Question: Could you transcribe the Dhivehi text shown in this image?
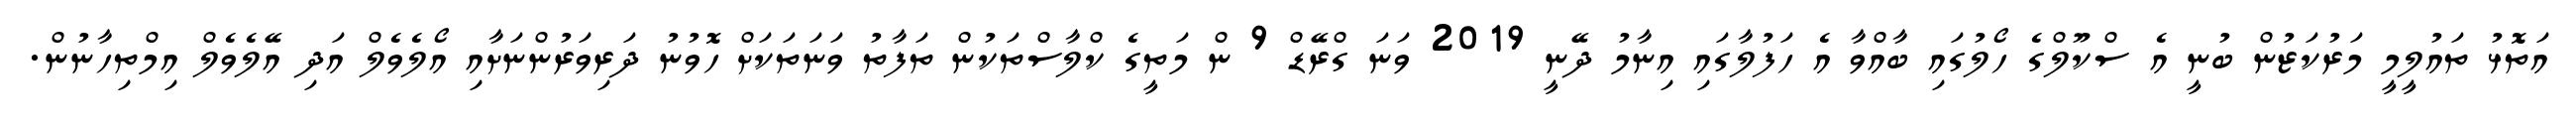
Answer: އަތޮޅު ތައުލީމީ މަރުކަޒުން ބުނީ އެ ސްކޫލްގެ ހޯލުގައި ބާއްވާ އެ ހަފުލާގައި އިނާމު ދޭނީ 2019 ވަނަ ގްރޭޑް 9 ން މަތީގެ ކްލާސްތަކުން ތަފާތު ވަނަތަކަށް ހޮވުނު ދަރިވަރުންނަށާއި އޯލެވެލް އަދި އޭލެވެލް އިމްތިހާނުން.